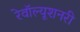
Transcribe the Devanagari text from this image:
रेवॉल्यूशनरी